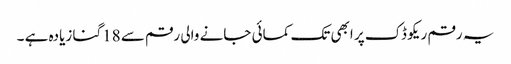
یہ رقم ریکو ڈک پر ابھی تک کمائی جانے والی رقم سے 18گنا زیادہ ہے ۔